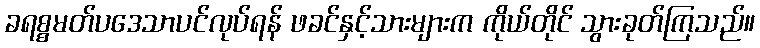
ခရစ္စမတ်ပဒေသာပင်လုပ်ရန် ဖခင်နှင့်သားများက ကိုယ်တိုင် သွားခုတ်ကြသည်။